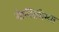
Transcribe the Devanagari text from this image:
गेल्‍लिमिमस